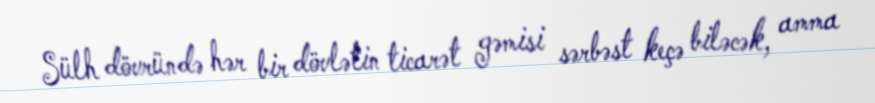
Sülh dövründə hər bir dövlətin ticarət gəmisi sərbəst keçə biləcək, amma